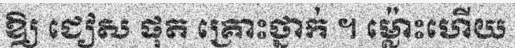
ឱ្យ ជៀស ផុត គ្រោះថ្នាក់ ។ ម្ល៉ោះហើយ